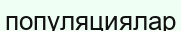
популяциялар